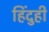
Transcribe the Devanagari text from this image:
हिंदुही